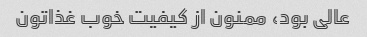
عالی بود، ممنون از کیفیت خوب غذاتون